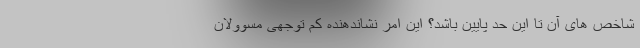
شاخص های آن تا این حد پایین باشد؟ این امر نشاندهنده کم توجهی مسوولان